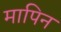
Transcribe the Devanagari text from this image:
मापिन